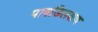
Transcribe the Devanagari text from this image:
पाषडिलक्षण